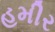
હમીર